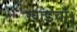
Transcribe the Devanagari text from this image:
खाइयाँ।